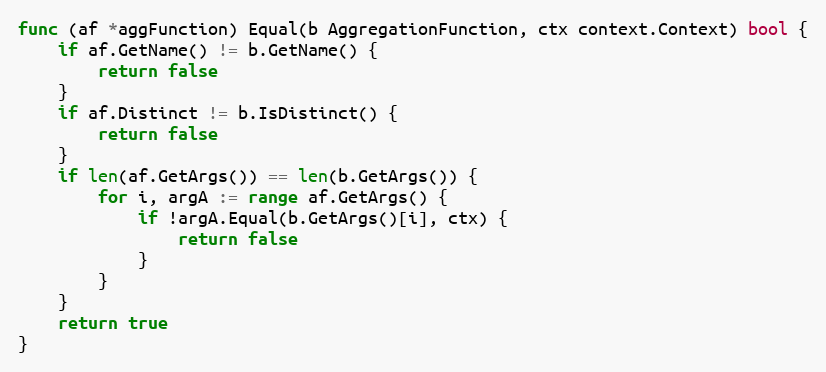
Language: Go
func (af *aggFunction) Equal(b AggregationFunction, ctx context.Context) bool {
	if af.GetName() != b.GetName() {
		return false
	}
	if af.Distinct != b.IsDistinct() {
		return false
	}
	if len(af.GetArgs()) == len(b.GetArgs()) {
		for i, argA := range af.GetArgs() {
			if !argA.Equal(b.GetArgs()[i], ctx) {
				return false
			}
		}
	}
	return true
}